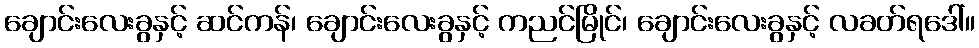
ချောင်းလေးခွနှင့် ဆင်ကန်၊ ချောင်းလေးခွနှင့် ကညင်မြိုင်၊ ချောင်းလေးခွနှင့် လခတ်ရဒေါ်။